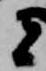
者